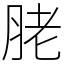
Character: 𦚱